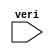
`timescale 1ns / 1ps

module master(
    input [7:0] veri
    );
     

    
    
endmodule